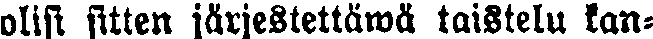
olisi sitten järjestettäwä taistelu kan-